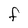
Character: F